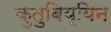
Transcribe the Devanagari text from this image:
कुतुबिय्यिन